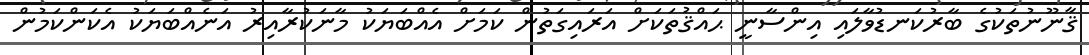
ޤާނޫނުތަކުގެ ބާރުކަނޑުވާލައި އިންސާނީ ޙައްޤުތަކަށް އަރައިގަތުން ކަމަށް އެއްބަޔަކު މާނަކުރާއިރު އަނެއްބަޔަކު އެކަންކަމުން